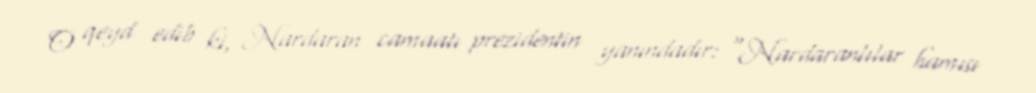
O qeyd edib ki, Nardaran camaatı prezidentin yanındadır: “Nardaranlılar hamısı